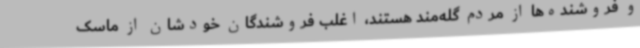
و فروشنده‌ها از مردم گله‌مند هستند، اغلب فروشندگان خودشان از ماسک